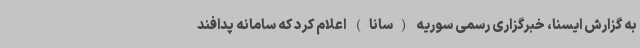
به گزارش ایسنا، خبرگزاری رسمی سوریه (سانا) اعلام کرد که سامانه پدافند